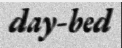
day-bed